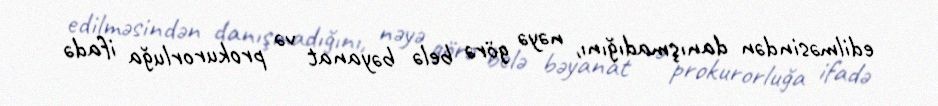
edilməsindən danışmadığını, nəyə görə belə bəyanat və prokurorluğa ifadə